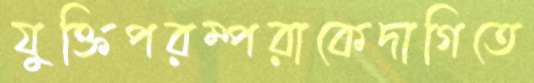
যুক্তিপরম্পরাকেদাগিতে